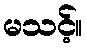
မသင့်။